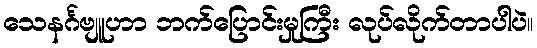
သေနင်္ဂဗျူဟာ ဘက်ပြောင်းမှုကြီး လုပ်လိုက်တာပါပဲ။